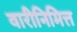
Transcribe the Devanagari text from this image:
वारीनिमित्त